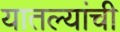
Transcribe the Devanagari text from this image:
यातल्यांची